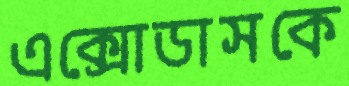
এক্সোডাসকে